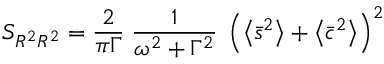
S _ { R ^ { 2 } R ^ { 2 } } = \frac { 2 } { \pi \Gamma } \; \frac { 1 } { \omega ^ { 2 } + \Gamma ^ { 2 } } \; \left( \left\langle \bar { s } ^ { 2 } \right\rangle + \left\langle \bar { c } ^ { 2 } \right\rangle \right) ^ { 2 }